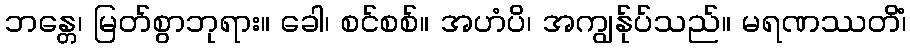
ဘန္တေ၊ မြတ်စွာဘုရား။ ခေါ၊ စင်စစ်။ အဟံပိ၊ အကျွန်ုပ်သည်။ မရဏဿတိံ၊